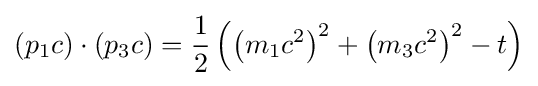
\left(p_{1}c\right)\cdot \left(p_{3}c\right)={\frac {1}{2}}\left(\left(m_{1}c^{2}\right)^{2}+\left(m_{3}c^{2}\right)^{2}-t\right)